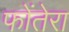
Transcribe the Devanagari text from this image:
फोंतेरा